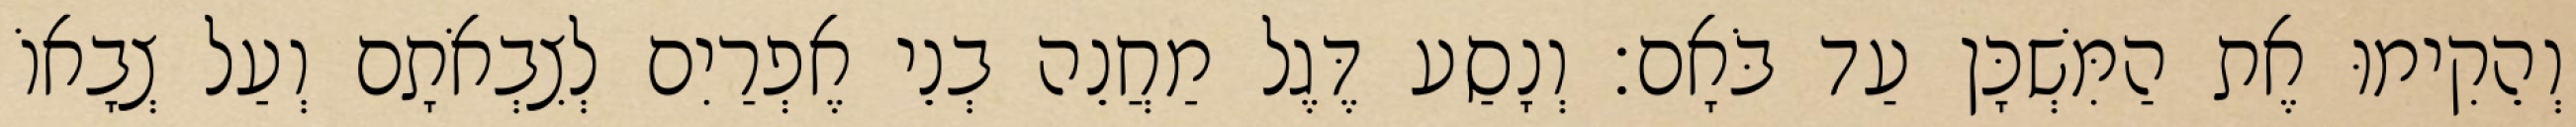
וְהֵקִימוּ אֶת הַמִּשְׁכָּן עַד בֹּאָם׃ וְנָסַע דֶּגֶל מַחֲנֵה בְנֵי אֶפְרַיִם לְצִבְאֹתָם וְעַל צְבָאוֹ